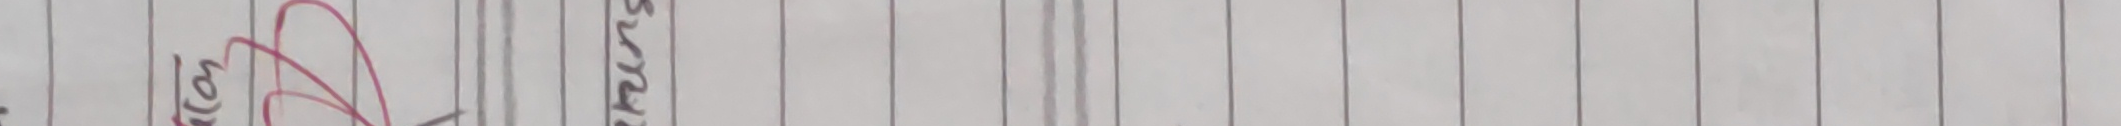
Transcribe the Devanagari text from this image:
अन्तः सुर्य